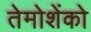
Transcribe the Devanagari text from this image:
तेमोशेंको